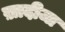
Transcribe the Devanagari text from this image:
ख़ादीजा